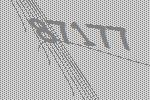
87177